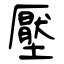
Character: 壓